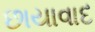
છાયાવાદ